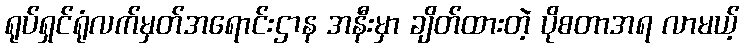
ရုပ်ရှင်ရုံလက်မှတ်အရောင်းဌာန အနီးမှာ ချိတ်ထားတဲ့ ပိုစတာအရ လာမယ့်